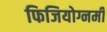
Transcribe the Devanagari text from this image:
फिजियोग्नमी